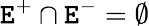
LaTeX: \mathtt{E}^{+}\cap\mathtt{E}^{-}=\emptyset